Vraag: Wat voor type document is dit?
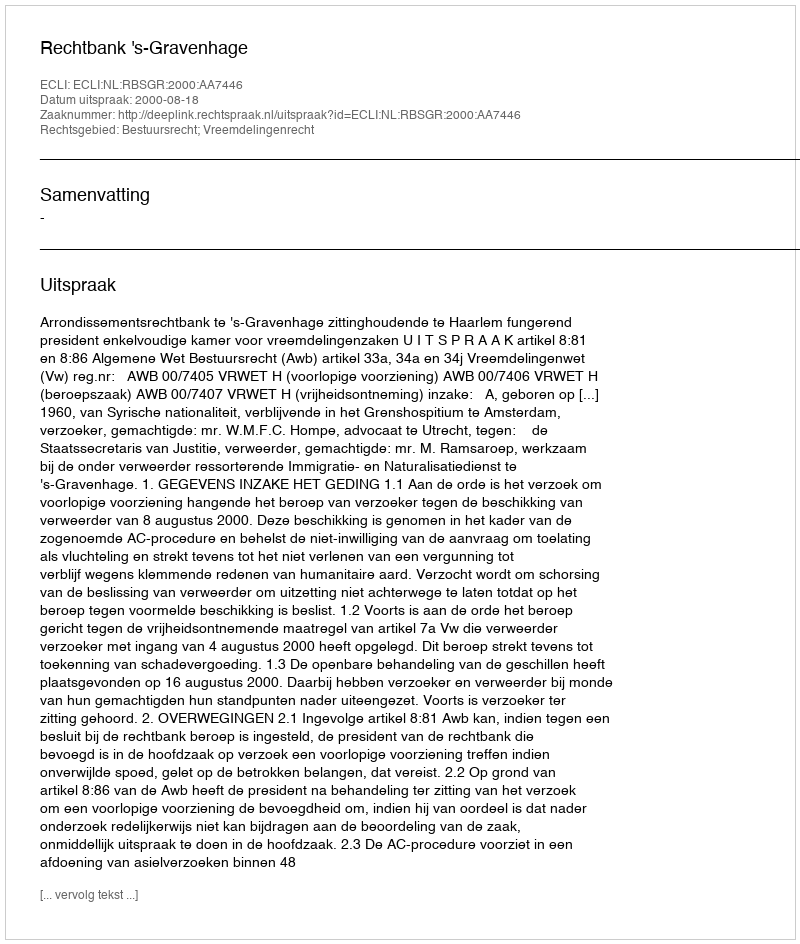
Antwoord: Uitspraak